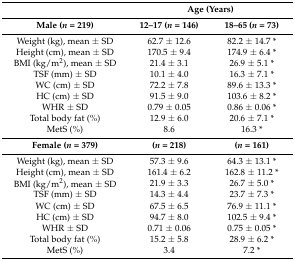
<table><thead><tr><td></td><td colspan="2"><b>Age (Years)</b></td></tr></thead><tbody><tr><td><b>Male (<i>n</i> = 219)</b></td><td><b>12–17 (<i>n</i> = 146)</b></td><td><b>18–65 (<i>n</i> = 73)</b></td></tr><tr><td>Weight (kg), mean ± SD </td><td>62.7 ± 12.6</td><td>82.2 ± 14.7 *</td></tr><tr><td>Height (cm), mean ± SD </td><td>170.5 ± 9.4</td><td>174.9 ± 6.4 *</td></tr><tr><td>BMI (kg/m<sup>2</sup>), mean ± SD </td><td>21.4 ± 3.1</td><td>26.9 ± 5.1 *</td></tr><tr><td>TSF (mm) ± SD </td><td>10.1 ± 4.0</td><td>16.3 ± 7.1 *</td></tr><tr><td>WC (cm) ± SD </td><td>72.2 ± 7.8</td><td>89.6 ± 13.3 *</td></tr><tr><td>HC (cm) ± SD </td><td>91.5 ± 9.0</td><td>103.6 ± 8.2 *</td></tr><tr><td>WHR ± SD </td><td>0.79 ± 0.05</td><td>0.86 ± 0.06 *</td></tr><tr><td>Total body fat (%) </td><td>12.9 ± 6.0</td><td>20.6 ± 7.1 *</td></tr><tr><td>MetS (%)</td><td>8.6</td><td>16.3 *</td></tr><tr><td><b>Female (<i>n</i> = 379)</b></td><td><b>(<i>n</i> = 218)</b></td><td><b>(<i>n</i> = 161)</b></td></tr><tr><td>Weight (kg), mean ± SD </td><td>57.3 ± 9.6</td><td>64.3 ± 13.1 *</td></tr><tr><td>Height (cm), mean ± SD </td><td>161.4 ± 6.2</td><td>162.8 ± 11.2 *</td></tr><tr><td>BMI (kg/m<sup>2</sup>), mean ± SD </td><td>21.9 ± 3.3</td><td>26.7 ± 5.0 *</td></tr><tr><td>TSF (mm) ± SD </td><td>14.3 ± 4.4</td><td>23.7 ± 7.3 *</td></tr><tr><td>WC (cm) ± SD </td><td>67.5 ± 6.5</td><td>76.9 ± 11.1 *</td></tr><tr><td>HC (cm) ± SD </td><td>94.7 ± 8.0</td><td>102.5 ± 9.4 *</td></tr><tr><td>WHR ± SD </td><td>0.71 ± 0.06</td><td>0.75 ± 0.05 *</td></tr><tr><td>Total body fat (%) </td><td>15.2 ± 5.8</td><td>28.9 ± 6.2 *</td></tr><tr><td>MetS (%)</td><td>3.4</td><td>7.2 *</td></tr></tbody></table>